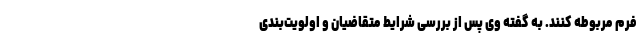
فرم مربوطه کنند. به گفته وی پس از بررسی شرایط متقاضیان و اولویت‌بندی